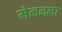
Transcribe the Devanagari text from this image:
मेलनला